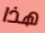
هذا